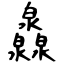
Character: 灥